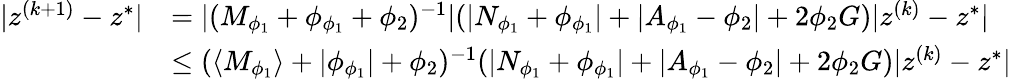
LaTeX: \begin{array}{rl}{\lvert z^{(k+1)}-z^{*}\rvert}&{=\lvert(M_{\phi_{1}}+\phi_{\phi_{1}}+\phi_{2})^{-1}\rvert(\lvert N_{\phi_{1}}+\phi_{\phi_{1}}\rvert+\lvert A_{\phi_{1}}-\phi_{2}\rvert+2\phi_{2}G)\lvert z^{(k)}-z^{*}\rvert}\\ &{\leq(\langle M_{\phi_{1}}\rangle+\lvert\phi_{\phi_{1}}\rvert+\phi_{2})^{-1}(\lvert N_{\phi_{1}}+\phi_{\phi_{1}}\rvert+\lvert A_{\phi_{1}}-\phi_{2}\rvert+2\phi_{2}G)\lvert z^{(k)}-z^{*}\rvert}\end{array}